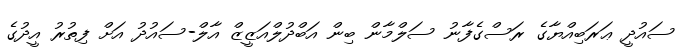
ސައުދީ ޢަރަބިއްޔާގެ ރަސްގެފާނު ސަލްމާން ބިން އަބްދުލްއަޒީޒް އާލް-ސައުދު އަށް ފިތުރު އީދުގެ